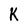
Character: K